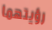
رؤيتهما